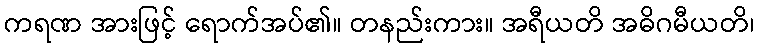
ကရဏ အားဖြင့် ရောက်အပ်၏။ တနည်းကား။ အရီယတိ အဓိဂမီယတိ၊